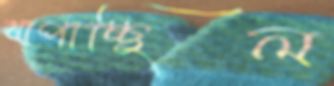
খাপাচ্ছিল